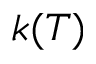
k ( T )